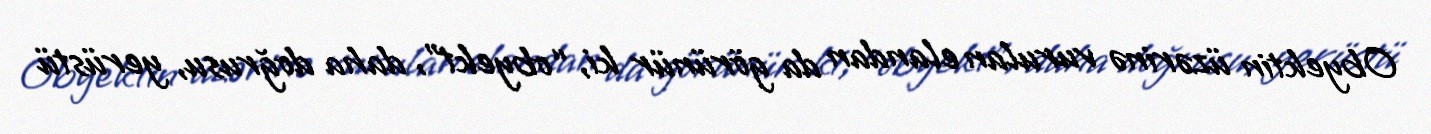
Obyektin üzərinə vurulan elandan da görünür ki, “obyekt”, daha doğrusu, yerüstü